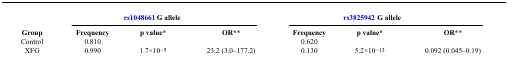
|  | <COLSPAN=3> rs1048661  G allele | <COLSPAN=3> rs3825942  G allele |
 | Group | Frequency | p value* | OR** | Frequency | p value* | OR** |
 | --- | --- | --- | --- | --- | --- | --- |
 | Control | 0.810 |  |  | 0.620 |  |  |
 | XFG | 0.990 | 1.7×10−5 | 23.2 (3.0–177.2) | 0.130 | 5.2×10−13 | 0.092 (0.045–0.19) |